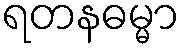
ရတနဓမ္မာ